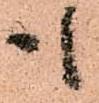
も